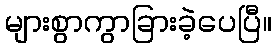
များစွာကွာခြားခဲ့ပေပြီ။